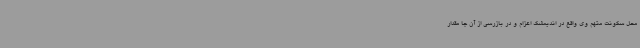
محل سکونت متهم وی واقع در اندیمشک اعزام و در بازرسی از آن جا مقدار